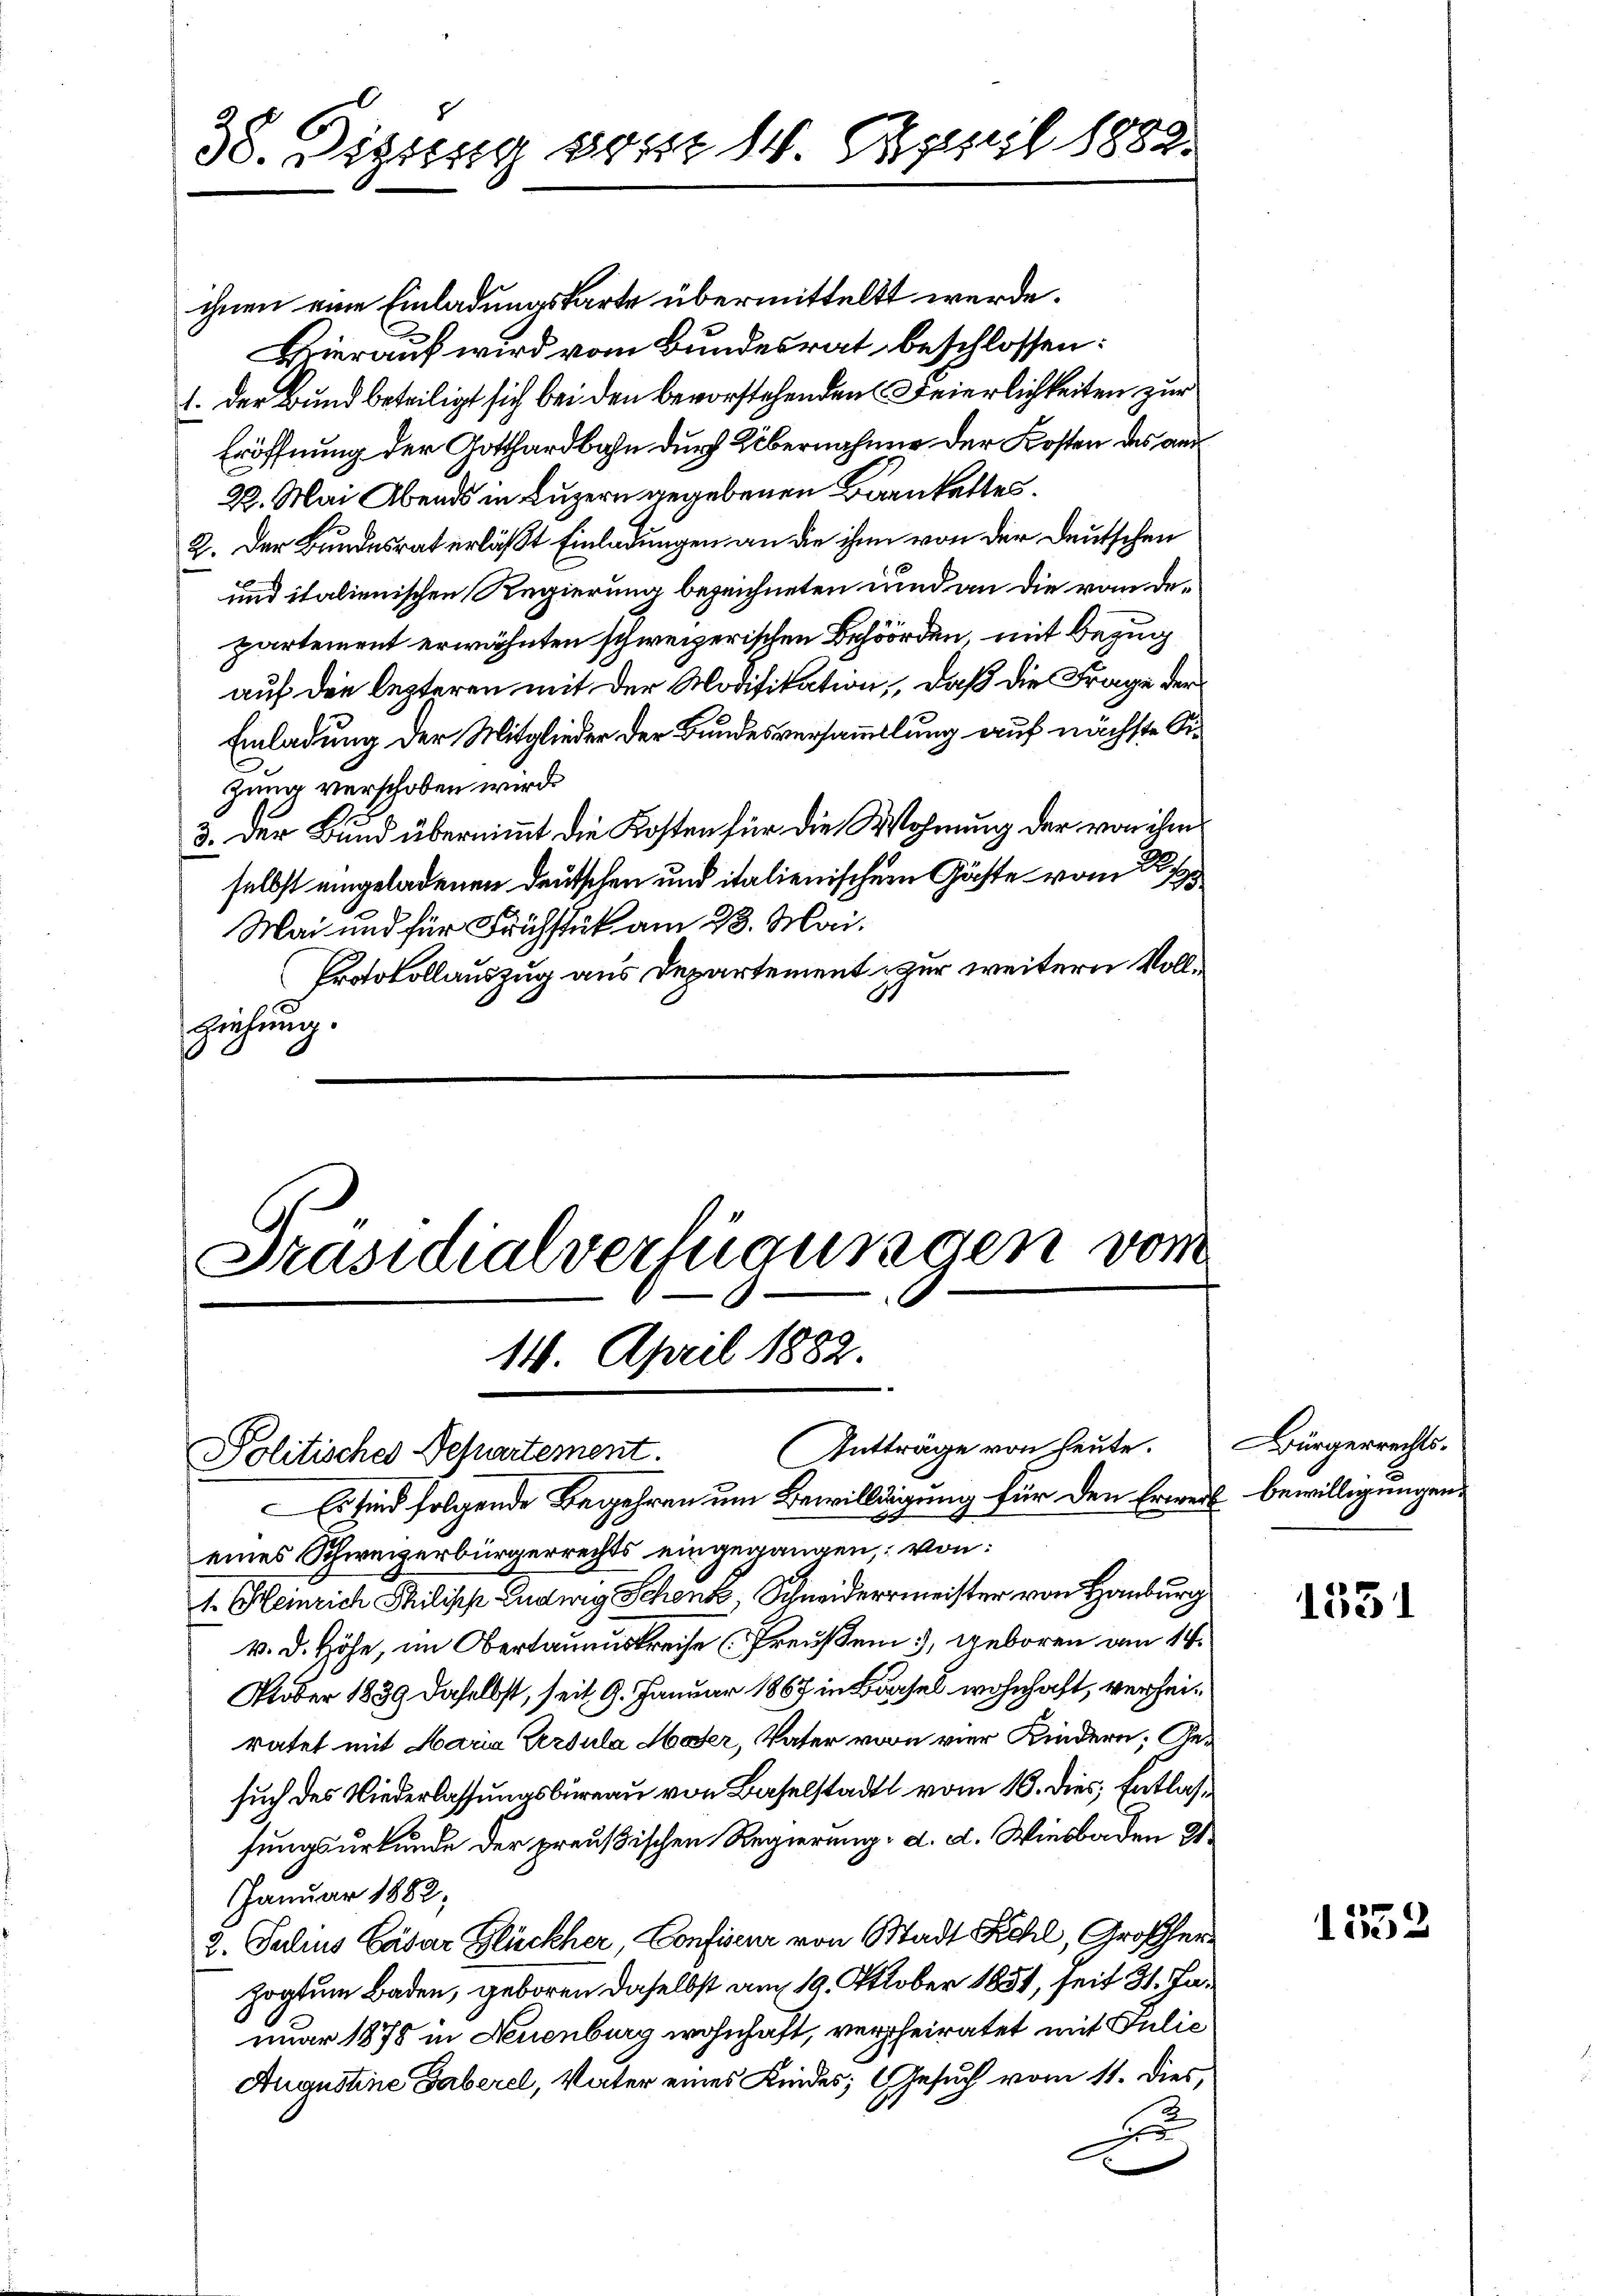
38. Digung vom 14. April 1882.

ihnen eine Einladungskarte übermittelt werde.
Hierauf wird vom Bundesrat beschlossen:
1. Der Bund beteiligt sich bei den bevorstehenden Feierlichkeiten zur
Eröffnung der Gotthardbahn durch Übernahme der Kosten des an
22. Mai Abends in Luzern gegebenen Barnkettes.
2. Der Bundesrat erläßt Einladungen an die ihn von der Deutschen
und italienischen Regierung bezeichneten und an die von departement erwähnten schweizerischen Behörden, mit Bezug
auf die lezteren mit der Modifikation, daß die Frage der
Einladung der Mitglieder der Bundesversammlung auf nächste Sizung verschoben wird.
3. Der Bund übernimmt die Kosten für die Wohnung der von ihm
selbst eingeladenen Deutschen und italienischen Gäste vom 2
Mai und für Frühstück am 28. Mai.
Protokollauszug aus Departement zur weitern Vollziehung.

Präsidialverfügungen vom
14. April 1882.
(Entträge von heute.
Politisches Bespartement.

Es sind folgende Begehren um Bewilligung für den Erweil bewilligungen
s
eines Schweizerbürgerrechts eingegangen, von:
1. Heinrich Philipp Ludwig Schenk, Schneidermeister von Hamburg
v. d. Höhe, im Obertaumskreise Preußen 3, geboren am 14.
Otober 1839 daselbst, seit 9. Januar 1867 in Basel wohnhaft, verheiratet mit Maria Ursula Moser, Vater vorn vier Kindern; Gesuch des Niederlassungsbureau von Baselstadt vom 10. dies, Entlassungsurkunde der preußischen Regierung, d. d. Wiesbaden 21
Januar 1882,
2. Julius Cäsar Glückher, Confiseur von Stadt Pichl, Großherzogtum Baden, geboren daselbst am 19. Oktober 1851, seit 31. Januar 1878 in Neuenburg wohnhaft, verheiratet mit Julić
Augustine Gaberel, Vater eines Kindes; Gesuch vom 11. dies,

Bürgerrechts.

1531

1552